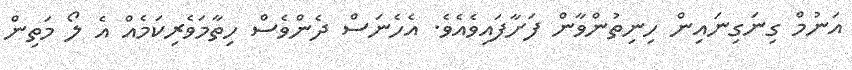
އަނުމް ގިނަގިނައިން ހިނިތުންވާން ފަށާފައިވެއެވެ. އެހެނަސް ދެންވެސް ހިތާމަވެރިކަމެއް އެ ލޯ މަތިން